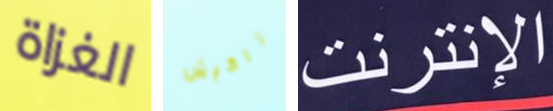
الغزاة راكيش الإنترنت